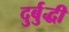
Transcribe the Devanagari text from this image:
दुर्बुद्धी